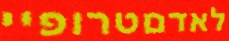
לאדםטרופיי